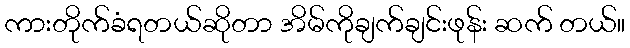
ကားတိုက်ခံရတယ်ဆိုတာ အိမ်ကိုချက်ချင်းဖုန်း ဆက် တယ်။